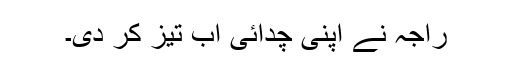
راجہ نے اپنی چدائی اب تیز کر دی۔